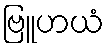
ဗြူဟယံ